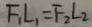
F _ { 1 } L _ { 1 } = F _ { 2 } L _ { 2 }